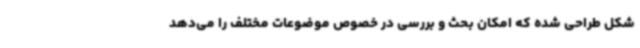
شکل طراحی شده که امکان بحث و بررسی در خصوص موضوعات مختلف را می‌دهد